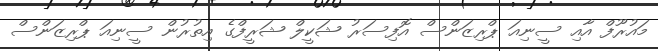
މައުރޫފް އާއި ސީނިއަ ޕްރިޒަންސް އޮފިސަރު ޝަކީލް ޝަރީފްގެ އިތުރުން ސީނިއަ ޕްރިޒަންސް